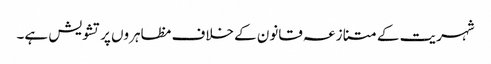
شہریت کے متنازعہ قانون کے خلاف مظاہروں پر تشویش ہے۔